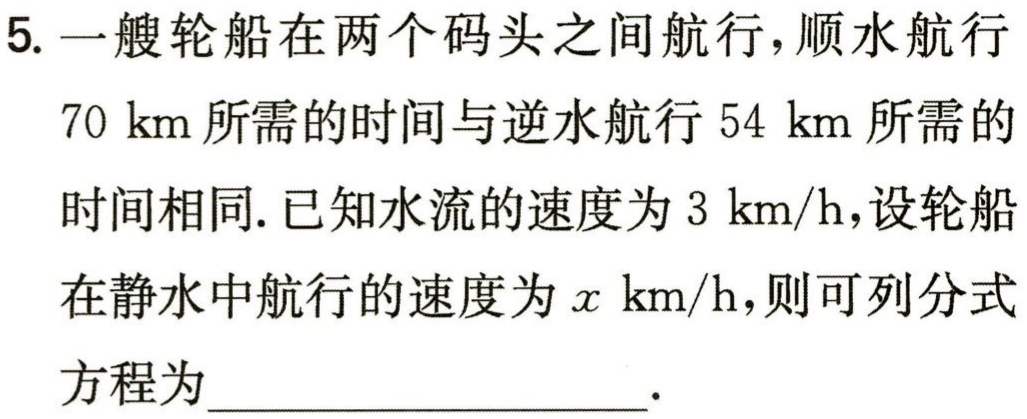
5. 一艘轮船在两个码头之间航行，顺水航行$70\mathrm{km}$所需的时间与逆水航行$54\mathrm{km}$所需的时间相同. 已知水流的速度为$3\mathrm{km/h}$，设轮船在静水中航行的速度为$x\mathrm{km/h}$，则可列分式方程为____________________.